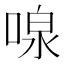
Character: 𪡠